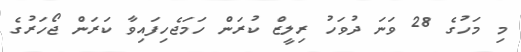
މި މަހުގެ 28 ވަނަ ދުވަހު ރިލީޒް ކުރަން ހަމަޖެހިފައިވާ ކަރަން ޖޯހަރުގެ